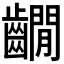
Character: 𪙩